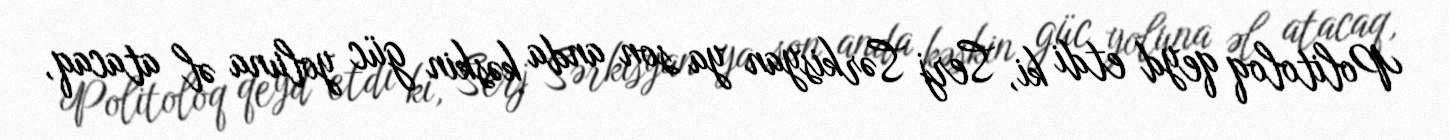
Politoloq qeyd etdi ki, Serj Sərkisyan ya son anda kəskin güc yoluna əl atacaq,